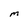
Character: M